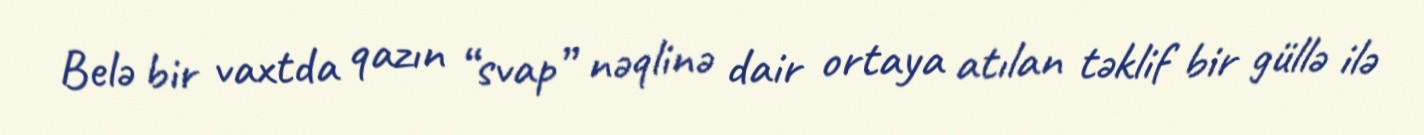
Belə bir vaxtda qazın “svap” nəqlinə dair ortaya atılan təklif bir güllə ilə